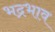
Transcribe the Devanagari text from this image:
भद्रभाव